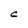
Character: c